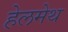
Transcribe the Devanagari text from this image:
हेलमेथ